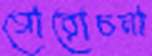
গোরোচনা